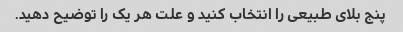
پنج بلای طبیعی را انتخاب کنید و علت هر یک را توضیح دهید.